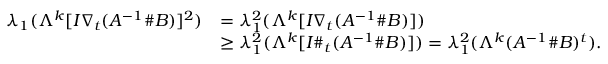
\begin{array} { r l } { \lambda _ { 1 } ( \Lambda ^ { k } [ I \nabla _ { t } ( A ^ { - 1 } \# B ) ] ^ { 2 } ) } & { = \lambda _ { 1 } ^ { 2 } ( \Lambda ^ { k } [ I \nabla _ { t } ( A ^ { - 1 } \# B ) ] ) } \\ & { \geq \lambda _ { 1 } ^ { 2 } ( \Lambda ^ { k } [ I \# _ { t } ( A ^ { - 1 } \# B ) ] ) = \lambda _ { 1 } ^ { 2 } ( \Lambda ^ { k } ( A ^ { - 1 } \# B ) ^ { t } ) . } \end{array}